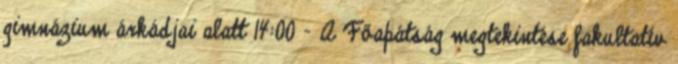
gimnázium árkádjai alatt 14:00 - A Főapátság megtekintése fakultatív